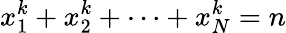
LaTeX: x_{1}^{k}+x_{2}^{k}+\cdots+x_{N}^{k}=n